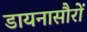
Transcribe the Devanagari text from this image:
डायनासौरों